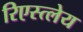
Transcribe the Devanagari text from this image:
रिएस्त्लेय